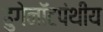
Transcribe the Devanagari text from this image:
हुगेनॉटपंथीय